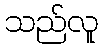
သည်လူ